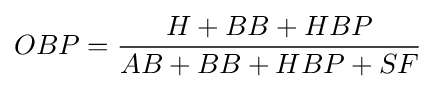
OBP={\frac {H+BB+HBP}{AB+BB+HBP+SF}}